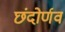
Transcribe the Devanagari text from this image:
छंदोर्णव